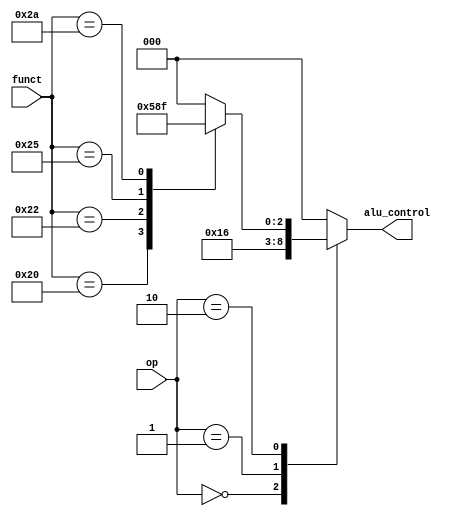
module alu_decoder(
	input [5:0] funct,
	input [1:0] op,
	output [2:0] alu_control
	);

	reg [2:0] alu_control_reg;
	assign alu_control = alu_control_reg;

	always @(*) begin
		case(op)
			2'b00: begin
				alu_control_reg <= 3'b010; //lw / sw
			end 
			2'b01: begin
				alu_control_reg <= 3'b110; //beq
			end
			2'b10: begin
				case(funct)
					6'b100000: begin
						alu_control_reg <= 3'b010; //add
					end
					6'b100010: begin
						alu_control_reg <= 3'b110; //sub
					end
					6'b100100: begin
						alu_control_reg <= 3'b000;
					end
					6'b100101: begin
						alu_control_reg <= 3'b001;
					end
					6'b101010: begin
						alu_control_reg <= 3'b111;
					end
					default: begin
						alu_control_reg <= 3'b000;
					end
				endcase
			end
			default: begin
				alu_control_reg <= 3'b000;
			end
		endcase
	end

endmodule